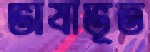
ভাষাভূত